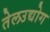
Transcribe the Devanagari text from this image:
तेलउद्योग